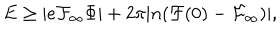
LaTeX: E \ge | e { \cal F } _ { \infty } \Phi | + 2 \pi | n ( { \cal F } ( 0 ) - { \cal F } _ { \infty } ) | ,